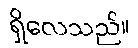
ရှိလေသည်။